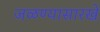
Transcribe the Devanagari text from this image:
जळण्यासारखे